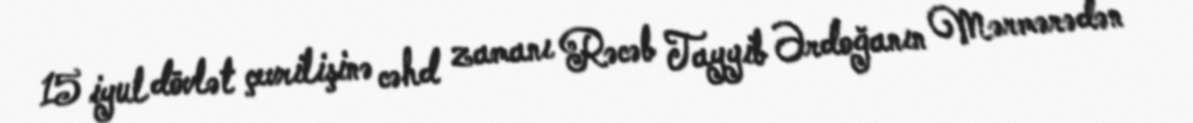
15 iyul dövlət çevrilişinə cəhd zamanı Rəcəb Tayyib Ərdoğanın Mərmərədən